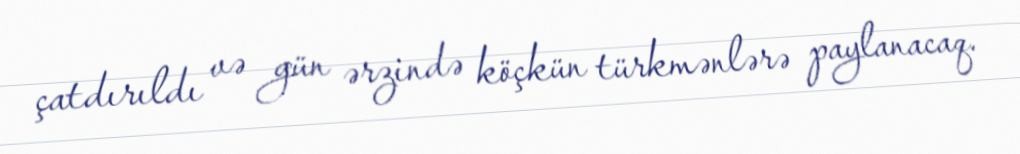
çatdırıldı və gün ərzində köçkün türkmənlərə paylanacaq.